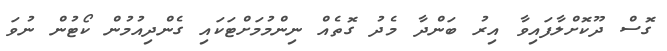
ގޮސް ދޫކޮށްލާފައިވާ އިރު ބަންދާ މެދު ގޮތެއް ނިންމުމަށްޓަކައި ގެންދިއުމުން ކޯޓުން ނުވަ